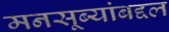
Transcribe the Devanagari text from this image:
मनसूब्यांबद्दल